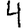
Digit: 4